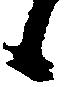
候